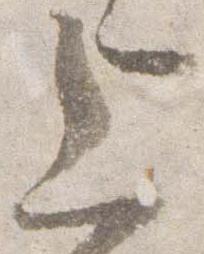
上